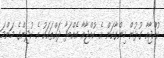
ކުއްޖާއާ ގުޅުން ހިންގާކަން އެ ކުއްޖާއާ އެއްބަފާ ދައްތައަކު އެ ކުދިންގެ މަންމަ